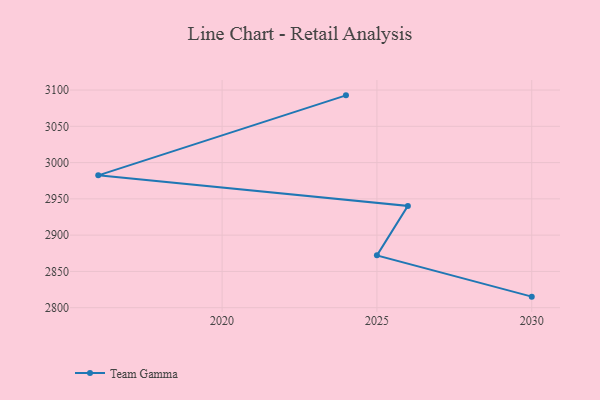
{"axis": {"x": "Year", "y": "Bounce Rate (%)"}, "legend": ["Team Gamma"], "data": [{"x": "2024", "y": 3092.7, "type": "Team Gamma"}, {"x": "2016", "y": 2982.4, "type": "Team Gamma"}, {"x": "2026", "y": 2940.3, "type": "Team Gamma"}, {"x": "2025", "y": 2872.1, "type": "Team Gamma"}, {"x": "2030", "y": 2815.2, "type": "Team Gamma"}]}